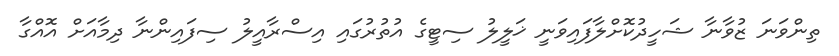
ތިންވަނަ ޒުވާނާ ޝަހީދުކޮށްލާފައިވަނީ ޚަލީލު ސިޓީގެ އުތުރުގައި އިސްރާއީލު ސިފައިންނާ ދިމާއަށް އޮއްގާ